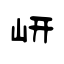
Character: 岍